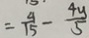
= \frac { 4 } { 1 5 } - \frac { 4 y } { 5 }